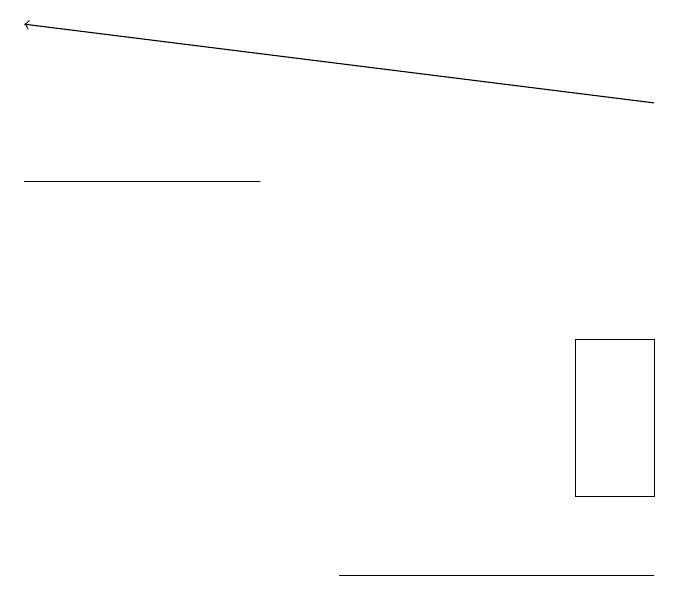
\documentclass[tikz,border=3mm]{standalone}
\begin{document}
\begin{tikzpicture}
\draw (5,10) rectangle (9,10);
\draw[->] (9,16) -- (1,17);
\draw (9,13) rectangle (8,11);
\draw (4,15) rectangle (1,15);
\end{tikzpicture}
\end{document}